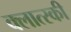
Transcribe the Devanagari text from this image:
क्लात्स्की